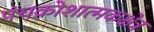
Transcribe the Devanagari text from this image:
पंचक्रोशात्मकक्षेत्र